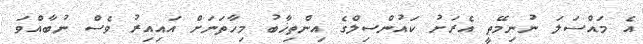
އެ މައްސަލަ ނުނިމޭތީ އެރަށު ކައުންސިލްގެ އިންތިޚާބު މިހާތަނަށް އައިއިރު ވެސް ނުބާއްވަ